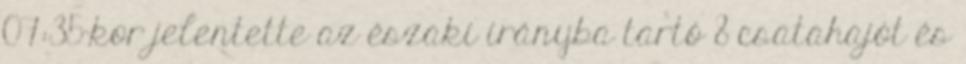
07:35-kor jelentette az északi irányba tartó 8 csatahajót és